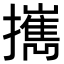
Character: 𢹂